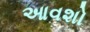
આવશો